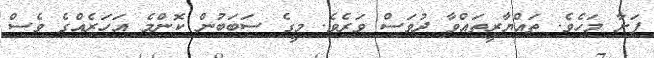
ފަށާ މަހެވެ. ތައްޔާރީތައްވާ ދުވަސް ވަރެވެ. މީގެ ސަބަބުން ކޮންމެ އަހަރެއްގެ ވެސް